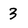
Character: 3